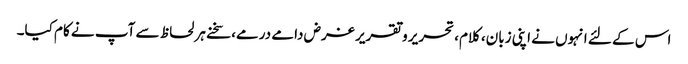
اس کے لئے انہوں نے اپنی زبان، کلام، تحریر و تقریر غرض دامے درمے، سخنے ہر لحاظ سے آپ نے کام کیا۔